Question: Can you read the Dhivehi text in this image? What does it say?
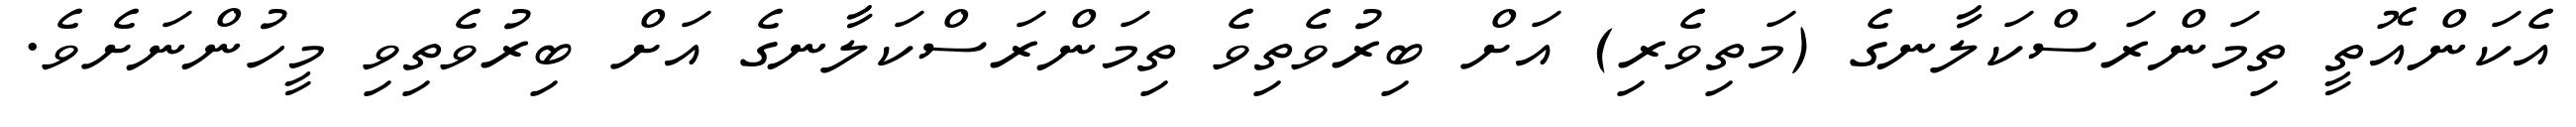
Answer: އެކަންއޮތީ ތިމަންރަސްކަލާނގެ (މަތިވެރި) އަށް ބިރުވެތިވެ ތިމަންރަސްކަލާނގެ އަށް ބިރުވެތިވި މީހުންނަށެވެ.